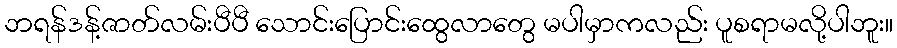
ဘရန်ဒန့်ဇာတ်လမ်းပီပီ သောင်းပြောင်းထွေလာတွေ မပါမှာကလည်း ပူစရာမလို့ပါဘူး။